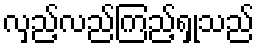
လှည့်လည်ကြည့်ရှုသည်